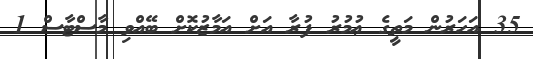
35 އަހަރުން މަތީގެ ޢުމުރު ފުރާ އަށް އަމާޒުކޮށް ބޭއްވި މާސްޓާސް 1